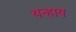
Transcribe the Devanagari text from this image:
यन्हाय